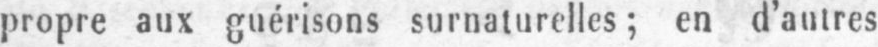
propre aux guérisons surnaturelles; en d’autres